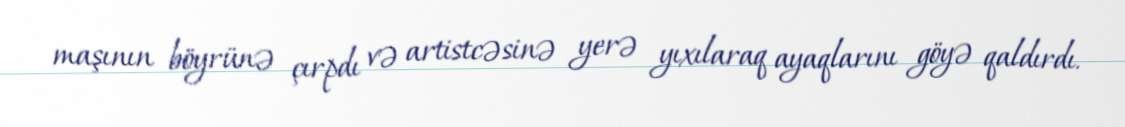
maşının böyrünə çırpdı və artistcəsinə yerə yıxılaraq ayaqlarını göyə qaldırdı.